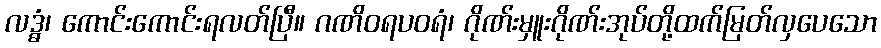
လဒ္ဓံ၊ ကောင်းကောင်းရလတ်ပြီ။ ဂဏိဝရပဝရံ၊ ဂိုဏ်းမှူးဂိုဏ်းအုပ်တို့ထက်မြတ်လှပေသော